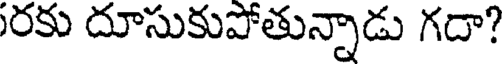
రకు దూసుకుపోతున్నాడు గదా?